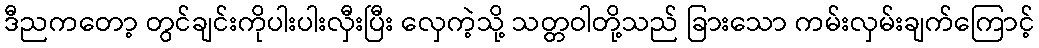
ဒီညကတော့ တွင်ချင်းကိုပါးပါးလှီးပြီး လှေကဲ့သို့ သတ္တဝါတို့သည် ခြားသော ကမ်းလှမ်းချက်ကြောင့်